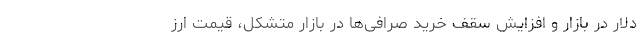
دلار در بازار و افزایش سقف خرید صرافی‌ها در بازار متشکل، قیمت ارز